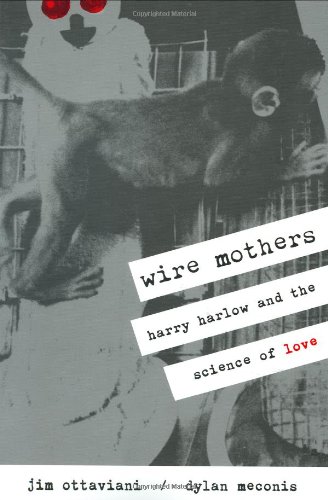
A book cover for Wire Mothers: Harry Harlow And The Science Of Love; Jim Ottaviani; Humor & Entertainment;